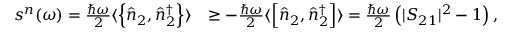
\begin{array} { r l } { s ^ { n } ( \omega ) = \frac { \hbar \omega } { 2 } \langle \left\{ \hat { n } _ { 2 } , \hat { n } _ { 2 } ^ { \dagger } \right\} \rangle } & { \ge - \frac { \hbar \omega } { 2 } \langle \left[ \hat { n } _ { 2 } , \hat { n } _ { 2 } ^ { \dagger } \right] \rangle = \frac { \hbar \omega } { 2 } \left( | S _ { 2 1 } | ^ { 2 } - 1 \right) , } \end{array}